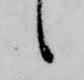
候